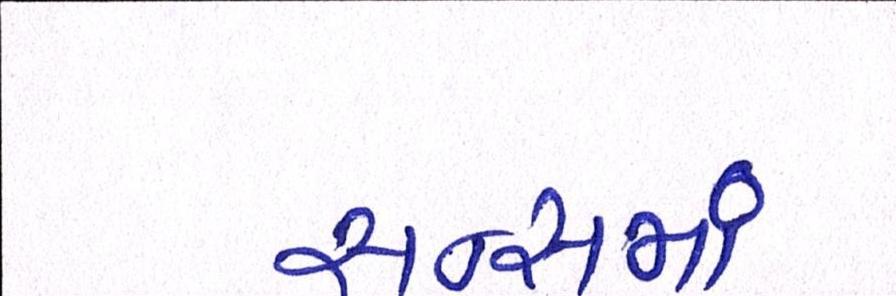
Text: સન્સમાં